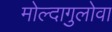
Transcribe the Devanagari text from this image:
मोल्दागुलोवा